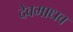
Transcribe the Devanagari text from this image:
देवमाधव